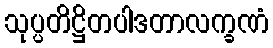
သုပ္ပတိဋ္ဌိတပါဒတာလက္ခဏံ